[Report on the health of British troops in the Madras command]
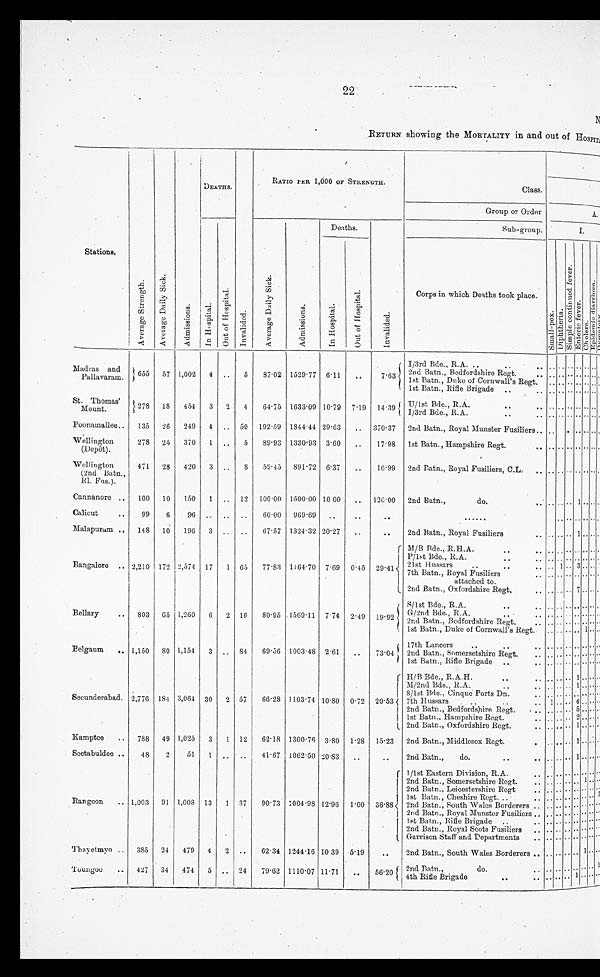
22
N
RETURN showing the MORTALITY in and out of HOSPITA
Stations.
A v e r a g e S t r e n g t h .
A v e r a g e D a i l y S i c k .
A d m i s s i o n s .
DEATHS.
I nva l i de d.
RATIO PER 1,000 OF STRENGTH.
Class.
Group or Order
A.
I n H o s p i t a l .
O u t o f H o s p i t a l .
A v e r a g e D a i l y S i c k .
A d m i s s i o n s .
Deaths.
I n v a l i d e d .
Sub-group.
I.
I n Ho s p i t a l .
Ou t o f Ho s p i t a l .
Corps in which Deaths took place.
Sma l l - p o x .
D i p h t h e r i a .
S i m p l e c o n t i n u e d f e v e r .
E n t e r i c f e v e r .
C h o l e r a .
E p i d e m i c d i a r r h œ .
D y s o n t o r y .
Madras and
Pallavaram. 6 5 5
57 1,002
4 ..
5
87.02 1529.77 6.11
..
7.63
I/3rd Bde., R.A. .. ..
.. .. .. .. .. ..
..
2nd Batn., Bedforshire Regt. ..
.. .. .. .. .. .. ..
1st Batn., Duke of Cornwall's Regt .. .. .. .. .. .. ..
1st Batn., Rifle Brigade ..
.. .. .. .. .. .. .. ..
St. Thomas’
Mount.
278
18
454
3
2
4
64.75 1633.09 10.79 7.19 14.39 U/1st Bde., R.A.
..
.. .. .. .. .. .. .. ..
I/3rd Bde., R.A.
..
.. .. .. .. .. .. .. ..
Poonamallee.. 135 26
249
4 .. 50 192.59 1844.44 29.63
. .
370.37 2nd Batn., Royal Munster Fusiliers.. .. .. .. .. .. .. ..
Wellington
(Depot).
278 25
370
1 ..
5
89.93 1330.93 3.60
..
17.98 1st Batn., Hampshire Regt.
.. .. .. .. .. .. .. ..
Wellington
(2nd Batn..,
R1. Fus.).
471
28
420
3 ..
8
59.45 891.72 6.37
. .
16.99 2nd Batn., Royal Fusiliers, C.L.
.. .. .. .. ..
..
..
..
Cannanore ..
100
10
150
1 .. 12 100.00 1500.00 10.00
. .
120.00 2nd Batn.,
do. ..
.. .. .. 1 .. .. ..
Calicut
..
99
6
96 .. .. ..
60.00 969.69
. .
. .
. .
. . . . . .
.. .. .. .. .. ..
Malapuram ..
148
10
196
3 .. ..
67.57 1324.32 20.27
..
..
2nd Batn., Royal Fusiliers
.. .. .. .. 1 .. .. ..
Bangalore .. 2,210 172 2,574 17
1 65 77.83 1164.70 7.69 0.45 29.41
M/B Bde., R.H.A.
..
.. .. .. .. .. .. .. ..
P/1st Bde., R.A.
..
.. .. .. .. .. .. .. ..
2 1 s t H u s s a r s . . . .
.. 1 .. 3 .. .. ..
7th Batn., Royal Fusiliers
attached to.
.. .. .. .. .. .. ..
2nd Batn., Oxfordshire Regt.
.. .. .. .. 7 .. .. ..
Bellary
..
803 65 1,260
6
2 16
80.95 1569.11 7.74 2.49 19.92
S/1st Bde., R.A.
..
.. .. .. .. .. .. .. ..
G/2nd Bde., R.A. ..
.. .. .. .. .. .. ..
2nd Batn., Bedfordshire Regt.
.. .. .. .. .. .. .. ..
1st Batn., Duke of Cornwall's Regt. .. .. .. .. 1 .. ..
Belgaum
.. 1,150 80 1,154
3 .. 84
69.56 1003.48 2.61
. .
73.04
17th Lancers
..
..
.. .. .. .. .. .. .. ..
2nd Batn., Snmersetshire Regt.
.. .. .. .. .. .. .. ..
1st Batn., Rifle Brigade ..
.. .. .. .. .. .. .. ..
Secunderabad. . 2,776 184 3,064 30
2 57
66.28 1103.74 10.80 0.72 20.53
H/B Bde., R.A.H.
. . . .
.. .. .. 1
.. .. ..
M/2nd Bde., R.A.
..
.. .. .. 1 .. .. ...
8/1st Bde., Cinque Ports Dn.
.. .. .. .. .. .. .. ..
7th Hussars
..
..
..1.. .. 4 .. .. ..
2nd Batn., Bedfordshire Regt. .. .. .. .. 5 .. .. ..
1st Batn., Hampshire Regt.
.. .. .. .. 2. .. .. ..
2nd Batn., Oxfordshire Regt.
.. .. .. .. 1 .. .. ..
Kamptee
..
788 49 1,025
3
1 12
62.18 1300.76 3.80 1.28 15.23 2nd Batn., Middlesex Regt.
.. .. .. 1 .. .. ..
Seetabuldee ..
48
2
51
1 .. ..
41.67 1062.50 20.83
. .
. .
2nd Batn.,
do.
..
.. .. .. 1 .. .. ..
Rangoon
.. 1.003 91 1,008 13
1 37
90.73 1004.98 12.96 1.00 36.88
1/1st Eastern Division, R.A.
.. .. .. .. .. .. ....
2nd Batn., Somersetshire Regt. .. .. .. .. .. 1 .. ..
2nd Batn.. Leicestershire Regt
.. .. .. .... .. .. ..
1st Batn., Cheshire Regt. .
.. .. .. .. .. .. .. 2
2nd Batn., South Wales Borderers .. .. .. .... .. .. ..
2nd Batn., Royal Munster Fusiliers .. .. .. .... .. .. ..
1st Batn., Rifle Brigade ..
.. .. .. .... .. .. ..
2nd Batn., Royal Scots Fusiliers .. .. .. .. .. .. .. ..
Garrison staff arid Departments
.. .. .. .. .. .. .. ..
Thayetmyo ..
385 24
479
4
2 ..
62.34 1244.16 10.39 5.19
. .
2nd Batn., South Wales Borderers .. .. .. .... 1 .. ..
Toungoo
.. 427 34
474
5 .. 24
79.62 1110.07 11.71
. .
56.20 2nd Batn.,
do.
.. .. .. .. .. .. .. ..
4th Rifle Brigade
.. ..
.. .. .. 1 .. .. ..